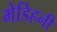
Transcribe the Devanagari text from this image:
मेडिहनी